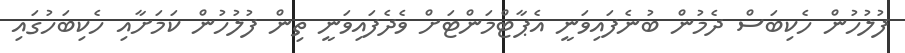
ފުލުހުން ހެކިބަސް ދެމުން ބުނެފައިވަނީ އެޕާޓްމަންޓަށް ވެދެފައިވަނީ ތިން ފުލުހުން ކަމަށާއި ހެކިބަހުގައި